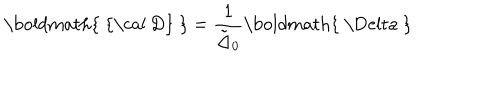
\mathrm { \boldmath { ~ { \cal ~ D } ~ } } = { \frac { 1 } { \tilde { \Delta } _ { 0 } } } \mathrm { \boldmath { ~ \Delta ~ } }